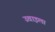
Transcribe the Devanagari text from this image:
उवाइला